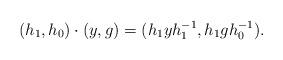
LaTeX: \begin{align*}(h_1,h_0) \cdot (y,g) = (h_1 y h_1^{-1},h_1 g h_0^{-1}) . \end{align*}